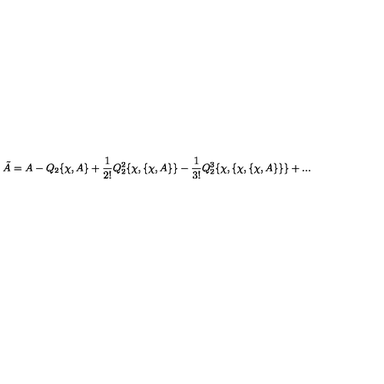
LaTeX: \tilde { A } = A - Q _ { 2 } \{ \chi , A \} + { \frac { 1 } { 2 ! } } Q _ { 2 } ^ { 2 } \{ \chi , \{ \chi , A \} \} - { \frac { 1 } { 3 ! } } Q _ { 2 } ^ { 3 } \{ \chi , \{ \chi , \{ \chi , A \} \} \} + . . .